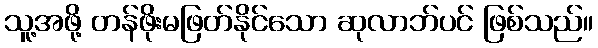
သူ့အဖို့ တန်ဖိုးမဖြတ်နိုင်သော ဆုလာဘ်ပင် ဖြစ်သည်။